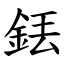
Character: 銩